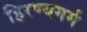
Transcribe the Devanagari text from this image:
हिरण्यगर्म